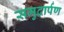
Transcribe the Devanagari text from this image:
समुद्रार्पण